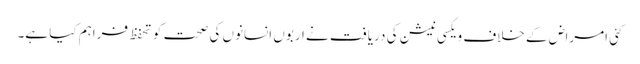
کئی امراض کے خلاف ویکسی نیشن کی دریافت نے اربوں انسانوں کی صحت کو تحفظ فراہم کیا ہے۔